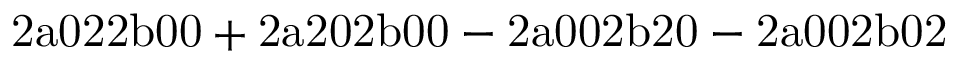
\mathrm { 2 a 0 2 2 b 0 0 + 2 a 2 0 2 b 0 0 - 2 a 0 0 2 b 2 0 - 2 a 0 0 2 b 0 2 }